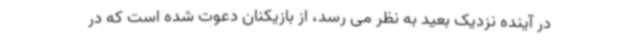
در آینده نزدیک بعید به نظر می رسد، از بازیکنان دعوت شده است که در